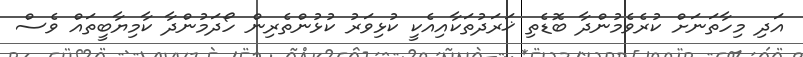
އަދި މިހާތަނަށް ކުރެވެމުންދާ ބޮޑެތި ޚަރަދުތަކާއިއެކީ ކުޅިވަރު ކުޅުންތެރިން ހޯދަމުންދާ ކާމިޔާބީތައް ވެސް